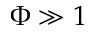
\Phi \gg 1